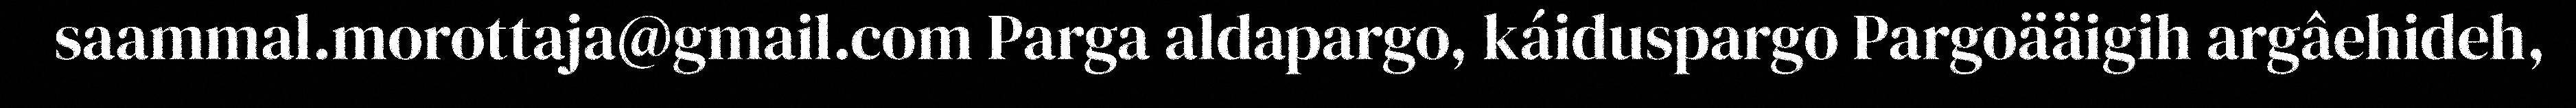
saammal.morottaja@gmail.com Parga aldapargo, káiduspargo Pargoääigih argâehideh,